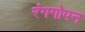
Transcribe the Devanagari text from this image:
रंगगोपन